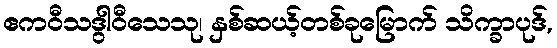
ဧကဝီသဒွါဝီသေသု၊ နှစ်ဆယ့်တစ်ခုမြောက် သိက္ခာပုဒ်,